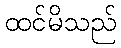
ထင်မိသည်